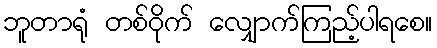
ဘူတာရုံ တစ်ဝိုက် လျှောက်ကြည့်ပါရစေ။